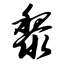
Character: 黎